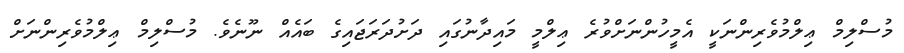
މުސްލިމް ޢިލްމުވެރިންނަކީ އެމީހުންނަށްވުރެ ޢިލްމީ މައިދާނުގައި ދަށުދަރަޖައިގެ ބައެއް ނޫނެވެ. މުސްލިމް ޢިލްމުވެރިންނަށް